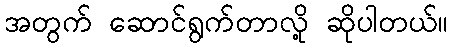
အတွက် ဆောင်ရွက်တာလို့ ဆိုပါတယ်။